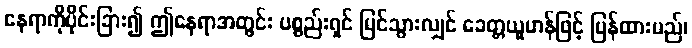
နေရာကိုပိုင်းခြား၍ ဤနေရာအတွင်း ပစ္စည်းရှင် မြင်သွားလျှင် ခေတ္တယူဟန်ဖြင့် ပြန်ထားမည်၊